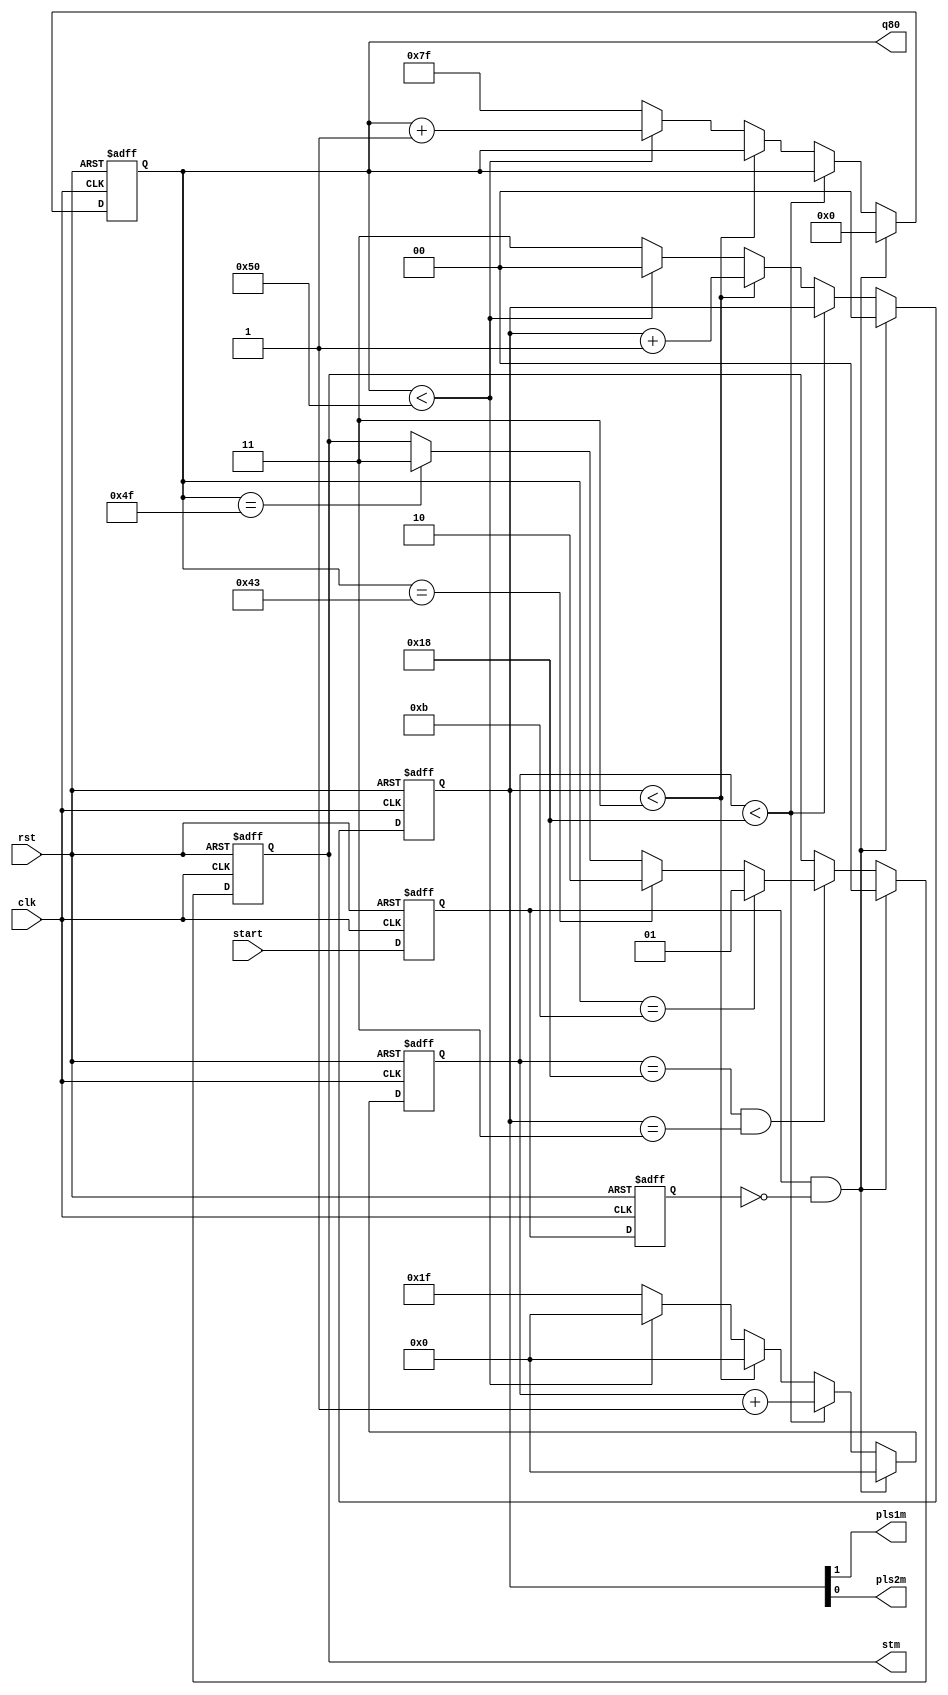
module mch_enc_ctl
(
    input   rst,
    input   clk,
    input   start,
    output	reg [1:0] stm,
    output	pls1m,pls2m,
    output  reg [6:0] q80
);

reg st0,st1;    // 
reg [4:0] q25;
reg [1:0] q4;

assign pls1m = q4[1];
assign pls2m = q4[0];

always@(negedge rst, posedge clk)
begin
    if (rst == 0)
        stm <= 3;
    else if (st0 & ~st1)
    	stm <= 0;
    else if ((q25 == 24) & (q4 == 3))
    	if (q80 == 11)
    		stm <= 1;
    	else if (q80 == 67)
    		stm <= 2;
    	else if (q80 == 79)
    		stm <= 3;
end

always@(negedge rst, posedge clk)
begin
    if (rst == 0)
    	begin
	        q25 <= 31;	q4 <= 3;   q80 <= 127;   
	  	end
    else if (st0 & ~st1)
    	begin
            q25 <= 0; 	q4 <= 0;   q80 <= 0;   
     	end
   	else if (q25 < 24)
   		q25 <= q25 + 1;
  	else if (q4 < 3)
  		begin
  			q25 <= 0;	
  			q4 <= q4 + 1;
  		end
  	else if (q80 < 80)
    	begin
  			q25 <= 0;	q4 <= 0;
  			q80 <= q80 + 1;
	  	end
	else
    	begin
	        q25 <= 31;	q4 <= 3;   q80 <= 127;   
	  	end
end
    
always@(negedge rst, posedge clk)
begin
    if (rst == 0)
        begin
            st0 <= 0;    st1 <= 0;
        end
    else
        begin
            st0 <= start;   st1 <= st0;
        end
end

endmodule